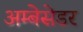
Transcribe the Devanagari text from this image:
अम्बेसेडर